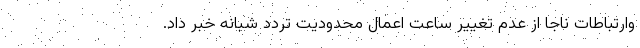
وارتباطات ناجا از عدم تغییر ساعت اعمال محدودیت تردد شبانه خبر داد.